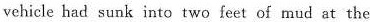
vehicle had sunk into two feet of mud at the